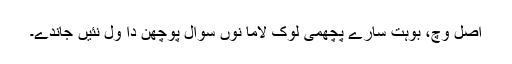
اصل وچ، بوہت سارے پچھمی لوک لاما نوں سوال پوچھن دا ول نئیں جاندے۔